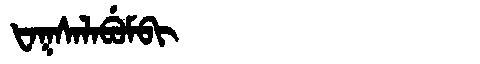
Manchu: ᡶᠠᡴᠰᠠᠯᠠᠪᡠᠮᠪᡳ
Romanization: FAKSALABUMBI